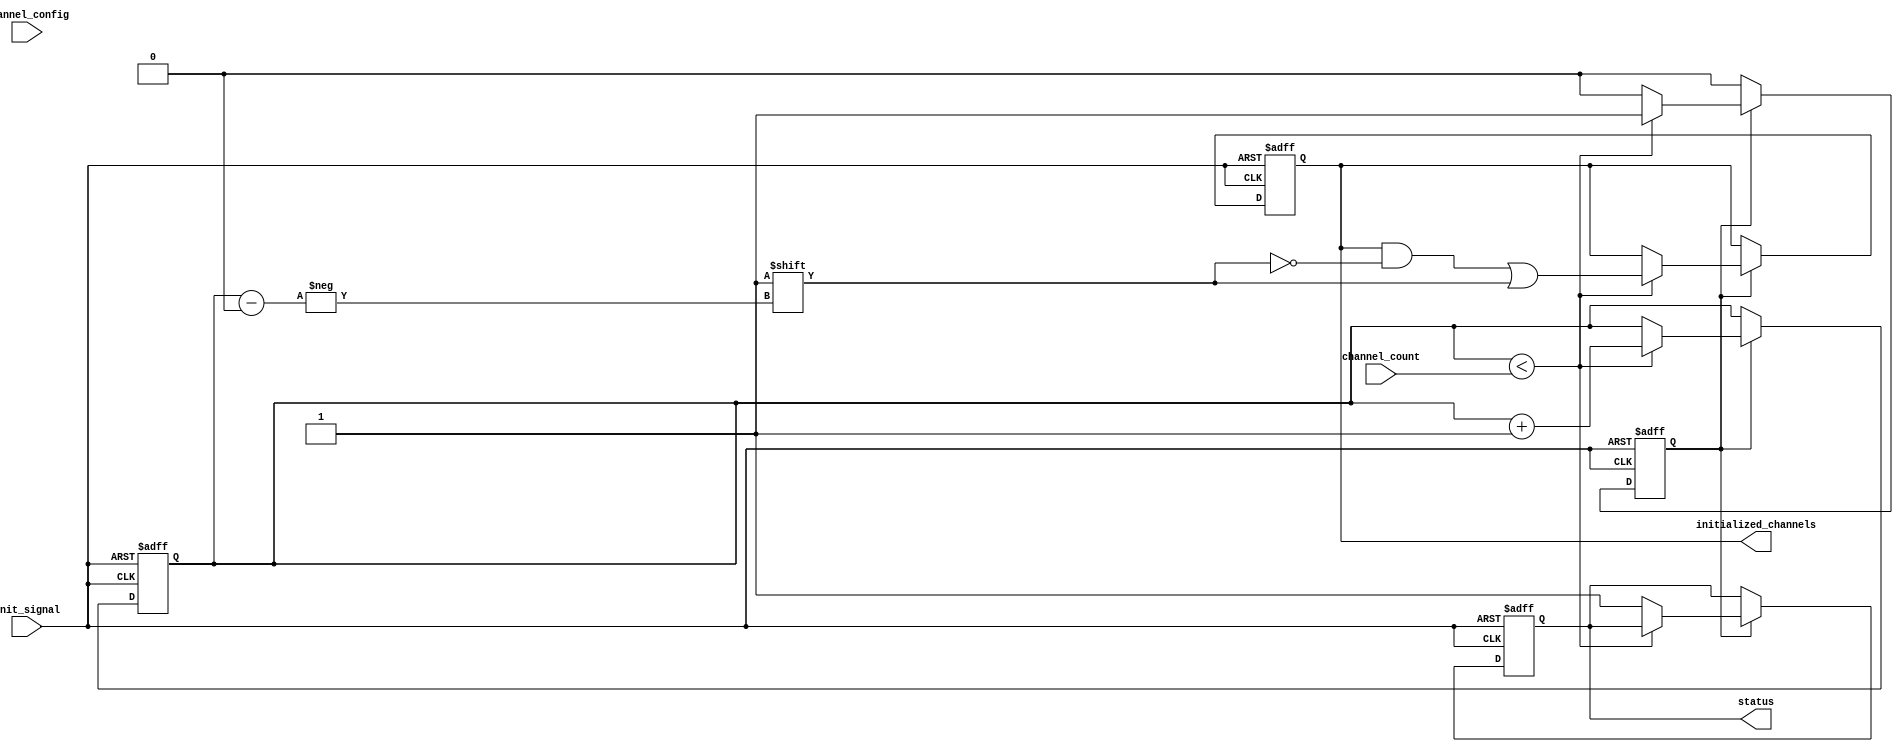
module multi_channel_initialization #(
    parameter CHANNEL_WIDTH = 8, // Width of each channel's configuration
    parameter MAX_CHANNELS = 16   // Maximum number of channels
)(
    input wire init_signal,                        // Control signal to trigger initialization
    input wire [CHANNEL_WIDTH*MAX_CHANNELS-1:0] channel_config, // Configuration for each channel
    input wire [3:0] channel_count,               // Number of channels to initialize
    output reg status,                             // Status signal indicating completion
    output reg [MAX_CHANNELS-1:0] initialized_channels // Channels initialization status
);

    reg [3:0] current_channel;                    // Current channel being initialized
    reg initializing;                              // Flag indicating if initialization is in progress

    // Initialization process
    always @(posedge init_signal or negedge init_signal) begin
        if (init_signal) begin
            // Start the initialization process
            current_channel <= 0;
            initializing <= 1;
            status <= 0;
            initialized_channels <= 0;
        end else if (initializing) begin
            if (current_channel < channel_count) begin
                // Simulate channel initialization (this could be replaced with actual logic)
                // For example, we can set the initialized_channels bit for the current channel
                initialized_channels[current_channel] <= 1;

                // Increment to the next channel
                current_channel <= current_channel + 1;
            end else begin
                // All channels initialized
                status <= 1; // Indicate completion
                initializing <= 0; // Reset initializing flag
            end
        end
    end

endmodule